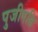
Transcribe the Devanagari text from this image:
पुजीपति